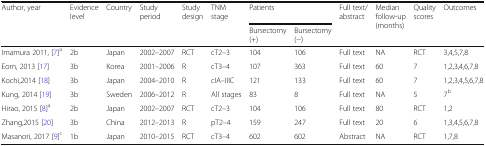
<table><thead><tr><td rowspan="2"><b>Author, year</b></td><td><b>Evidence level</b></td><td rowspan="2"><b>Country</b></td><td rowspan="2"><b>Study period</b></td><td rowspan="2"><b>Study design</b></td><td><b>TNM stage</b></td><td colspan="2"><b>Patients</b></td><td><b>Full text/abstract</b></td><td rowspan="2"><b>Median follow-up (months)</b></td><td rowspan="2"><b>Quality scores</b></td><td rowspan="2"><b>Outcomes</b></td></tr><tr><td></td><td></td><td><b>Bursectomy (+)</b></td><td><b>Bursectomy (−)</b></td><td></td></tr></thead><tbody><tr><td>Imamura 2011, [7]<sup>a</sup></td><td>2b</td><td>Japan</td><td>2002–2007</td><td>RCT</td><td>cT2–3</td><td>104</td><td>106</td><td>Full text</td><td>NA</td><td>RCT</td><td>3,4,5,7,8</td></tr><tr><td>Eom, 2013 [17]</td><td>3b</td><td>Korea</td><td>2001–2006</td><td>R</td><td>cT3–4</td><td>107</td><td>363</td><td>Full text</td><td>60</td><td>7</td><td>1,2,3,4,6,7,8</td></tr><tr><td>Kochi,2014 [18]</td><td>3b</td><td>Japan</td><td>2004–2010</td><td>R</td><td>cIA–IIIC</td><td>121</td><td>133</td><td>Full text</td><td>60</td><td>7</td><td>1,2,3,4,5,6,7,8</td></tr><tr><td>Kung, 2014 [19]</td><td>3b</td><td>Sweden</td><td>2006–2012</td><td>R</td><td>All stages</td><td>83</td><td>8</td><td>Full text</td><td>NA</td><td>5</td><td>7<sup>b</sup></td></tr><tr><td>Hirao, 2015 [8]<sup>a</sup></td><td>2b</td><td>Japan</td><td>2002–2007</td><td>RCT</td><td>cT2–3</td><td>104</td><td>106</td><td>Full text</td><td>80</td><td>RCT</td><td>1,2</td></tr><tr><td>Zhang,2015 [20]</td><td>3b</td><td>China</td><td>2012–2013</td><td>R</td><td>pT2–4</td><td>159</td><td>247</td><td>Full text</td><td>20</td><td>6</td><td>1,3,4,5,6,7,8</td></tr><tr><td>Masanori, 2017 [9]<sup>c</sup></td><td>1b</td><td>Japan</td><td>2010–2015</td><td>RCT</td><td>cT3–4</td><td>602</td><td>602</td><td>Abstract</td><td>NA</td><td>RCT</td><td>1,7,8</td></tr></tbody></table>